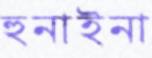
হুনাইনা